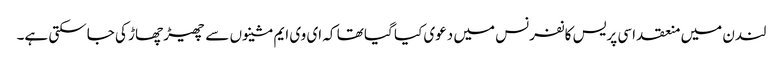
لندن میں منعقد اسی پریس کانفرنس میں دعوی کیا گیا تھا کہ ای وی ایم مشینوں سے چھیڑ چھاڑ کی جاسکتی ہے۔